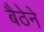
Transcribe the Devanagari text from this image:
बैठेने